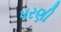
પરણી